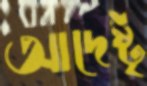
আদেষ্টৃ